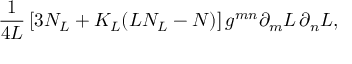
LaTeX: \frac { 1 } { 4 L } \left[ 3 N _ { L } + K _ { L } ( L N _ { L } - N ) \right] g ^ { m n } \partial _ { m } L \, \partial _ { n } L ,